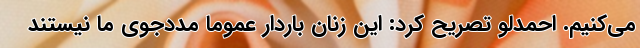
می‌کنیم. احمدلو تصریح کرد: این زنان باردار عموما مددجوی ما نیستند